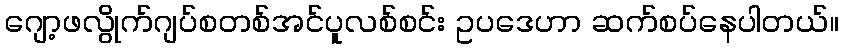
ဂျော့ဖလွိုက်ဂျပ်စတစ်အင်ပူလစ်စင်း ဥပဒေဟာ ဆက်စပ်နေပါတယ်။